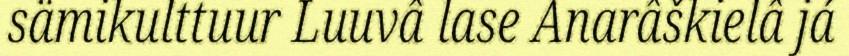
sämikulttuur Luuvâ lase Anarâškielâ já